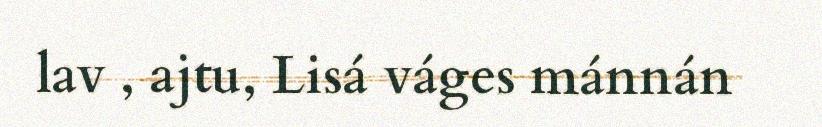
lav , ajtu, Lisá váges mánnán